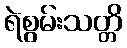
ရဲစွမ်းသတ္တိ